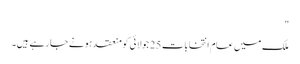
"
ملک میں عام انتخابات 25 جولائی کو منعقد ہونے جا رہے ہیں۔